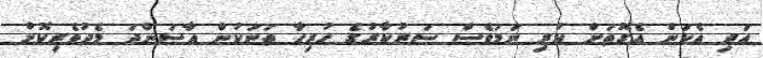
އަދި އެކަން އެގޮތަށް ކުރި ނަމަވެސް ސަރުކާރުގެ ހުރިހާ ތަނަކުން އާސަންދަ މެދުވެރިކޮށް